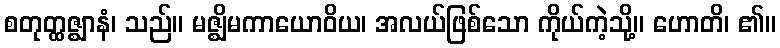
စတုတ္ထဇ္ဈာနံ၊ သည်။ မဇ္ဈိမကာယောဝိယ၊ အလယ်ဖြစ်သော ကိုယ်ကဲ့သို့။ ဟောတိ၊ ၏။